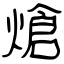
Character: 熗